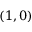
( 1 , 0 )